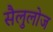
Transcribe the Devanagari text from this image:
सैलुलोज